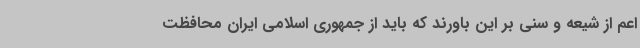
اعم از شیعه و سنی بر این باورند که باید از جمهوری اسلامی ایران محافظت